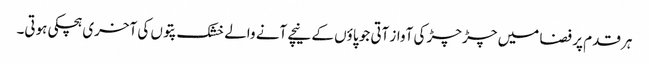
ہر قدم پر فضا میں چڑ چڑ کی آواز آتی جو پاؤں کے نیچے آنے والے خشک پتوں کی آخری ہچکی ہوتی۔